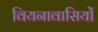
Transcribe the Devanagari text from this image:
वियनावासियों